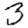
Digit: 3